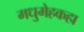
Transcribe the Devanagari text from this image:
मधुमेहकहा